Document type: bank_statement
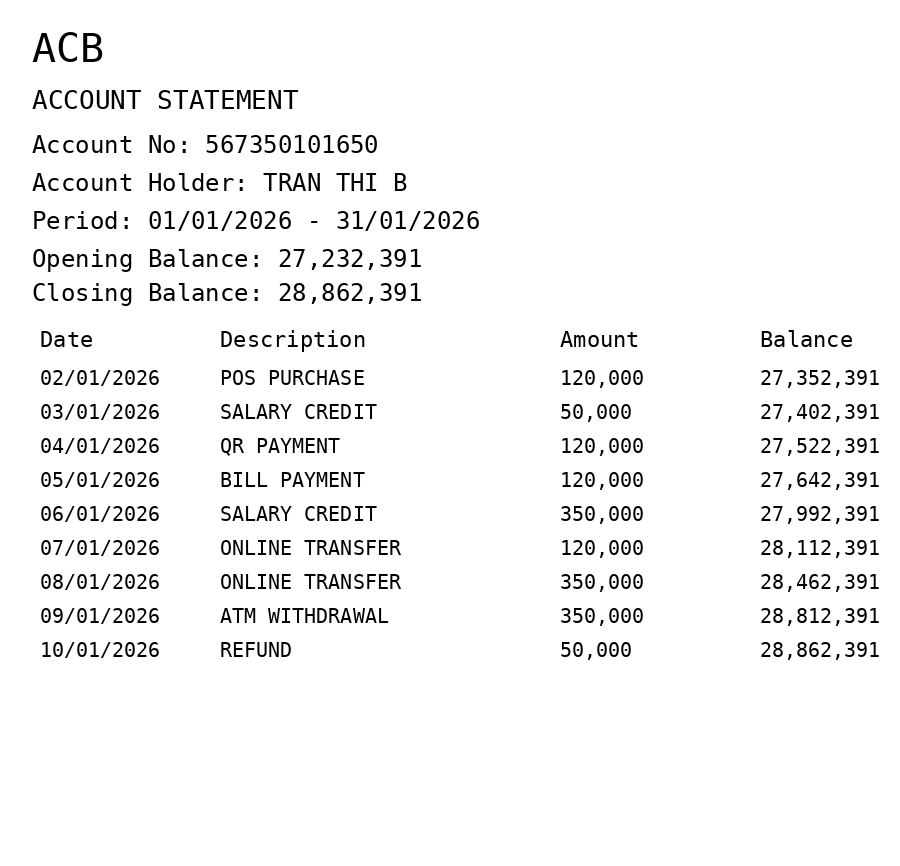
OCR transcript:
ACB
ACCOUNT STATEMENT
Account No: 567350101650
Account Holder: TRAN THI B
Period: 01/01/2026 - 31/01/2026
Opening Balance: 27,232,391
Closing Balance: 28,862,391
Date
Description
Amount
Balance
02/01/2026
POS PURCHASE
120,000
27,352,391
03/01/2026
SALARY CREDIT
50,000
27,402,391
04/01/2026
QR PAYMENT
120,000
27,522,391
05/01/2026
BILL PAYMENT
120,000
27,642,391
06/01/2026
SALARY CREDIT
350,000
27,992,391
07/01/2026
ONLINE TRANSFER
120,000
28,112,391
08/01/2026
ONLINE TRANSFER
350,000
28,462,391
09/01/2026
ATM WITHDRAWAL
350,000
28,812,391
10/01/2026
REFUND
50,000
28,862,391
Extracted fields:
bank_name: acb
account_number: 567350101650
account_holder: tran thi b
statement_period: 01/01/2026 - 31/01/2026
opening_balance: 27232391
closing_balance: 28862391
transactions: date: 2026-01-02
description: pos purchase
amount: 120000
balance: 27352391
date: 2026-01-03
description: salary credit
amount: 50000
balance: 27402391
date: 2026-01-04
description: qr payment
amount: 120000
balance: 27522391
date: 2026-01-05
description: bill payment
amount: 120000
balance: 27642391
date: 2026-01-06
description: salary credit
amount: 350000
balance: 27992391
date: 2026-01-07
description: online transfer
amount: 120000
balance: 28112391
date: 2026-01-08
description: online transfer
amount: 350000
balance: 28462391
date: 2026-01-09
description: atm withdrawal
amount: 350000
balance: 28812391
date: 2026-01-10
description: refund
amount: 50000
balance: 28862391